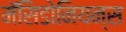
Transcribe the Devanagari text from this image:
मॅसिडोनियन्स